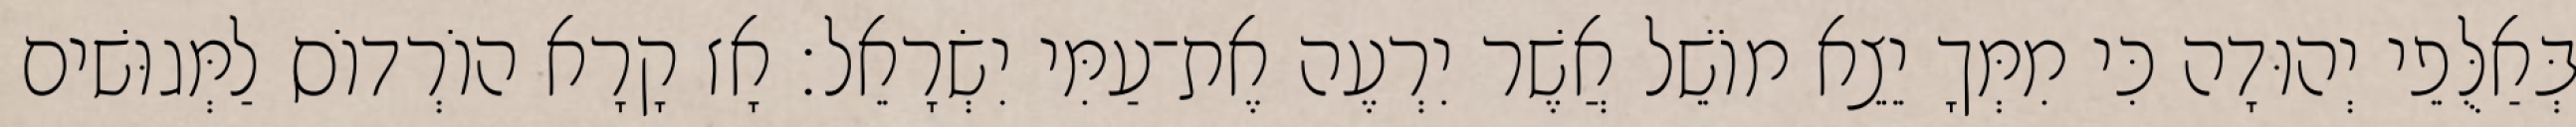
בְּאַלֻּפֵי יְהוּדָה כִּי מִמְּךָ יֵצֵא מוֹשֵׁל אֲשֶׁר יִרְעֶה אֶת־עַמִּי יִשְׂרָאֵל׃ אָז קָרָא הוֹרְדוֹס לַמְּגוּשׁים